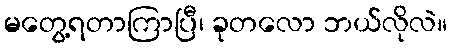
မတွေ့ရတာကြာပြီ၊ ခုတလော ဘယ်လိုလဲ။